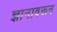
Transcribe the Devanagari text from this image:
ज्ञानावरून